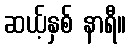
ဆယ့်နှစ် နာရီ။